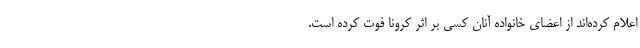
اعلام کرده‌اند از اعضای خانواده آنان کسی بر اثر کرونا فوت کرده است.